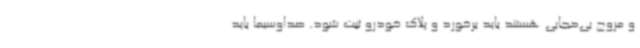
و مروج بی‌حجابی هستند باید برخورد و پلاک خودرو ثبت شود. صداوسیما باید